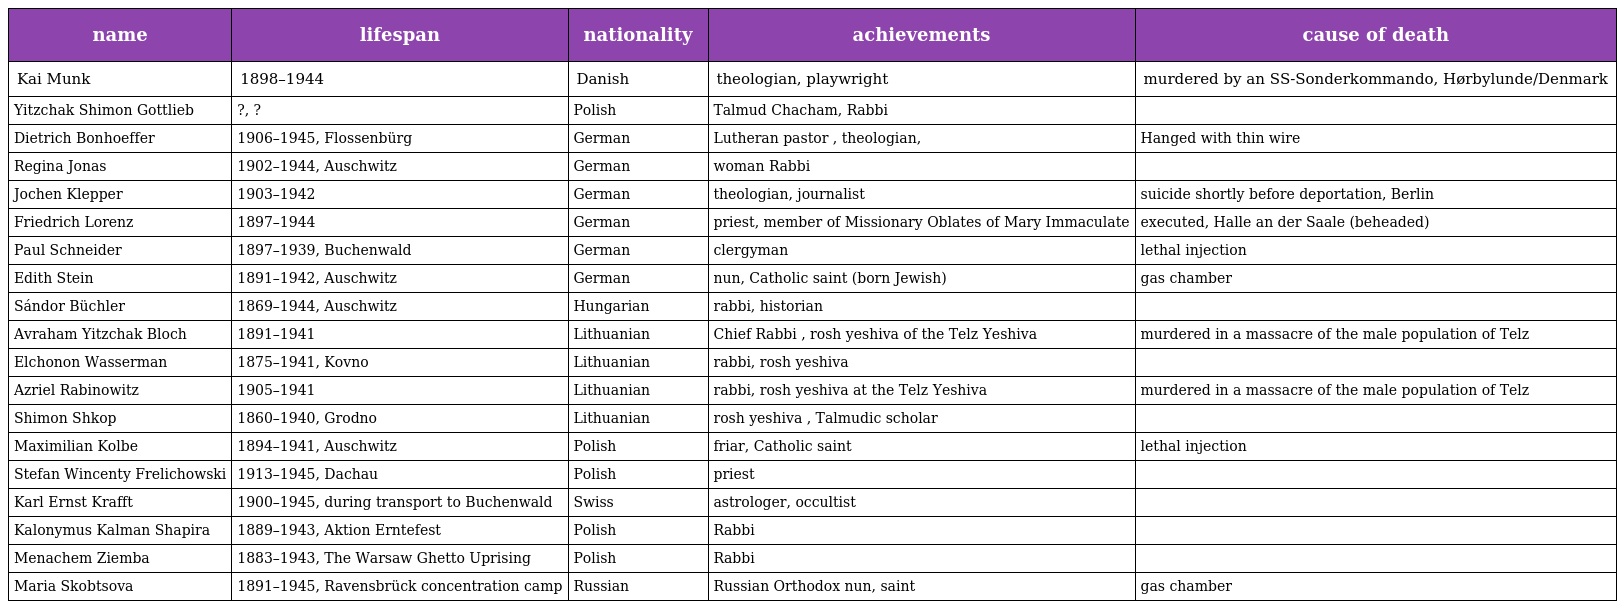
| name | lifespan | nationality | achievements | cause of death |
 | --- | --- | --- | --- | --- |
 | Kai Munk | 1898–1944 | Danish | theologian, playwright | murdered by an SS-Sonderkommando, Hørbylunde/Denmark |
 | Yitzchak Shimon Gottlieb | ?, ? | Polish | Talmud Chacham, Rabbi |  |
 | Dietrich Bonhoeffer | 1906–1945, Flossenbürg | German | Lutheran pastor , theologian, | Hanged with thin wire |
 | Regina Jonas | 1902–1944, Auschwitz | German | woman Rabbi |  |
 | Jochen Klepper | 1903–1942 | German | theologian, journalist | suicide shortly before deportation, Berlin |
 | Friedrich Lorenz | 1897–1944 | German | priest, member of Missionary Oblates of Mary Immaculate | executed, Halle an der Saale (beheaded) |
 | Paul Schneider | 1897–1939, Buchenwald | German | clergyman | lethal injection |
 | Edith Stein | 1891–1942, Auschwitz | German | nun, Catholic saint (born Jewish) | gas chamber |
 | Sándor Büchler | 1869–1944, Auschwitz | Hungarian | rabbi, historian |  |
 | Avraham Yitzchak Bloch | 1891–1941 | Lithuanian | Chief Rabbi , rosh yeshiva of the Telz Yeshiva | murdered in a massacre of the male population of Telz |
 | Elchonon Wasserman | 1875–1941, Kovno | Lithuanian | rabbi, rosh yeshiva |  |
 | Azriel Rabinowitz | 1905–1941 | Lithuanian | rabbi, rosh yeshiva at the Telz Yeshiva | murdered in a massacre of the male population of Telz |
 | Shimon Shkop | 1860–1940, Grodno | Lithuanian | rosh yeshiva , Talmudic scholar |  |
 | Maximilian Kolbe | 1894–1941, Auschwitz | Polish | friar, Catholic saint | lethal injection |
 | Stefan Wincenty Frelichowski | 1913–1945, Dachau | Polish | priest |  |
 | Karl Ernst Krafft | 1900–1945, during transport to Buchenwald | Swiss | astrologer, occultist |  |
 | Kalonymus Kalman Shapira | 1889–1943, Aktion Erntefest | Polish | Rabbi |  |
 | Menachem Ziemba | 1883–1943, The Warsaw Ghetto Uprising | Polish | Rabbi |  |
 | Maria Skobtsova | 1891–1945, Ravensbrück concentration camp | Russian | Russian Orthodox nun, saint | gas chamber |